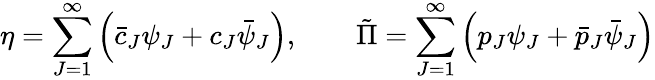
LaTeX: \eta=\sum_{J=1}^{\infty}\Big(\bar{c}_{J}\psi_{J}+c_{J}\bar{\psi}_{J}\Big),\qquad\tilde{\Pi}=\sum_{J=1}^{\infty}\Big({p}_{J}\psi_{J}+\bar{p}_{J}\bar{\psi}_{J}\Big)